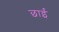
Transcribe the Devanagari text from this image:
छाईं